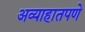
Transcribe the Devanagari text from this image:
अव्याहातपणे